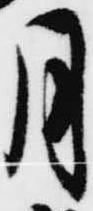
月